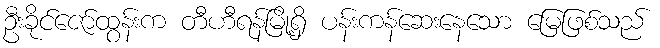
ဦးခိုင်ဇော်ထွန်းက တီဟီရန်မြို့ရှိ ပန်းကန်ဆေးနေသော မြေဖြစ်သည်